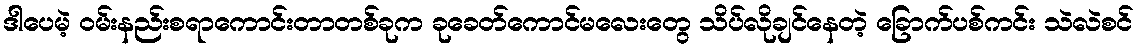
ဒါပေမဲ့ ဝမ်းနည်းစရာကောင်းတာတစ်ခုက ခုခေတ်ကောင်မလေးတွေ သိပ်လိုချင်နေတဲ့ ခြောက်ပစ်ကင်း သဲလဲစင်